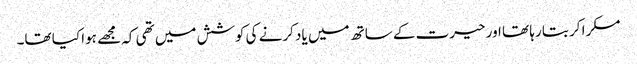
مسکرا کر بتا رہا تھا اور حیرت کے ساتھ میں یاد کرنے کی کوشش میں تھی کہ مجھے ہوا کیا تھا۔